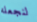
لنجعله